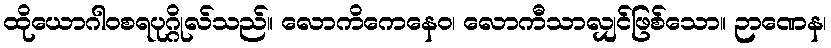
ထိုယောဂါဝစရပုဂ္ဂိုလ်သည်။ လောကိကေနေဝ၊ လောကီသာလျှင်ဖြစ်သော။ ဉာဏေန၊